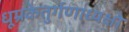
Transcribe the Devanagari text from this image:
धूम्रकेतुर्गणाध्यक्षो